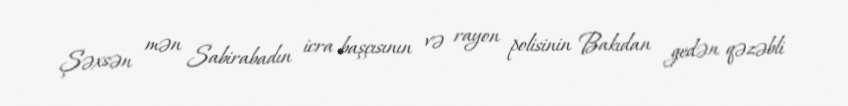
Şəxsən mən Sabirabadın icra başçısının və rayon polisinin Bakıdan gedən qəzəbli